Vaccination in Burma 1889-1999 - 1889-1999
Year: 1889
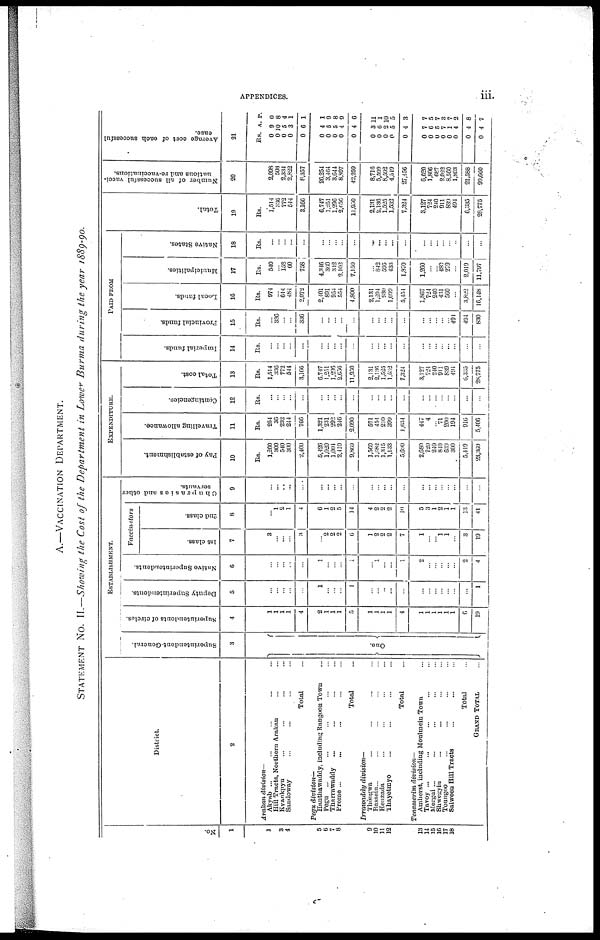
APPENDICES.
iii.
A.—VACCINATION DEPARTMENT.
STATEMENT No. II.—Showing the Cost of the Department in Lower Burma during the year 1889-90.
No.
1
1
3
4
5
6
7
8
9
10
11
12
13
14
15
16
17
18
District.
2
Arakan
division—
Akyab ... ... ... ... ...
Hill Tracts, Northern Arakan ... ...
Kvankpyu ... ... ... ...
Sandoway ... ... ... ...
Total ...
Pegu
division—
Hanthawaddy, including Rangoon Town ...
Pegu
... ... ... ... ...
Tharrawaddy ... ... ... ...
Prome ... ... ... ... ...
Total ...
Irrawaddy
division—
Thôngwa ... ... ... ...
Bassein... ... ... ... ...
Henzada ... ... ... ...
Thayetmyo ... ... ... ...
Total ...
Tenasserim
division—
Amherst, including Moulmein Town ...
Tavoy ... ... ... ... ...
Mergui ... ... ... ... ...
Shwegyin ... ... ... ...
Toungoo ... ... ... ...
Salween Hill Tracts ... ... ...
Total ...
GRAND TOTAL ...
ESTABLISHMENT.
Superintendent-General.
3
One.
Superintendents of circles.
4
1
1
1
1
4
2
1
1
1
5
1
1
1
1
4
1
1
1
1
1
1
6
19
Deputy Superintendents.
5
...
...
...
...
...
1
...
...
...
1
...
...
...
...
...
...
... ...
...
...
...
...
1
Native Superintendents.
6
...
...
...
...
...
1
...
...
...
1
...
1
...
...
1
2
...
...
...
...
...
2
4
Vaccinators
1st class.
7
3
...
...
...
3
...
2
2
2
6
1
2
2
2
7
1
...
...
1
1
...
3
19
2nd class.
8
...
1
2
1
4
6
1
2
5
14
4
2
2
2
10
5
3
1
2
1
1
13
41
Chaprasies and other
servants.
9
...
...
...
...
...
...
...
...
...
...
...
...
...
...
...
...
...
...
...
...
...
...
...
EXPENDITURE.
Pay of establishment.
10
Rs.
1,260
300
540
300
2,400
5,426
1,020
1,004
2,410
9,860
1,560
1,682
1,315
1,133
5,690
2,680
720
240
840
639
300
5,419
23,369
Travelling allowance.
11
Rs.
254
36
232
244
766
1,321
231
292
246
2,090
571
454
210
399
1,634
447
4
...
71
200
194
916
5,406
Contingencies.
12
Rs.
...
...
...
...
...
...
...
...
...
...
...
...
...
...
...
...
...
...
...
...
...
...
...
Total cost.
13
Rs.
1,514
336
772
544
3,166
6,747
1,251
1,296
2,656
11,950
2,131
2,136
1,525
1,532
7,324
3,127
724
240
911
839
494
6,335
28,775
PAID FROM
Imperial funds.
14
Rs.
...
...
...
...
...
...
...
...
...
...
...
...
...
...
...
...
...
...
...
...
...
...
...
Provincial funds.
15
Rs.
...
336
...
...
336
...
...
...
...
...
...
...
...
...
...
...
...
...
...
...
494
494
830
Local funds.
16
Rs.
974
...
614
484
2,072
2,401
891
954
554
4,800
2,131
1,294
930
1,099
5,454
1,867
724
240
431
560
...
3,822
16,148
Municipalities.
17
Rs.
540
...
158
60
758
4,346
360
342
2,102
7,150
...
842
595
433
1,870
1,260
...
...
480
279
...
2,019
11,797
Native States.
18
Rs.
...
...
...
...
...
...
...
...
...
...
...
...
...
...
...
...
...
...
...
...
...
...
...
Total.
19
Rs.
1,514
336
772
544
3,166
6,747
1,251
1,296
2,656
11,950
2,131
2,136
1,525
1,532
7,324
3,127
724
240
911
839
494
6,335
28,775
Number of all successful vacci-
nations and re-vaccinations.
20
2,698
503
2,334
2,822
8,357
26,254
3,464
3,644
8,897
42,259
8,716
5,599
8,592
4,549
27,456
6,620
1,806
687
2,022
8,560
1,893
21,588
99,660
Average cost of each successful
case.
21
Rs. A. P.
0
0
0
0
0
9
10
5
3
6
0
8
4
1
1
0
0
0
0
0
4
5
5
4
4
1
9
8
9
6
0
0
0
0
0
3
6
2
5
4
11
1
10
5
3
0
0
0
0
0
0
0
0
7
6
5
7
1
4
4
4
7
5
7
3
7
2
8
7